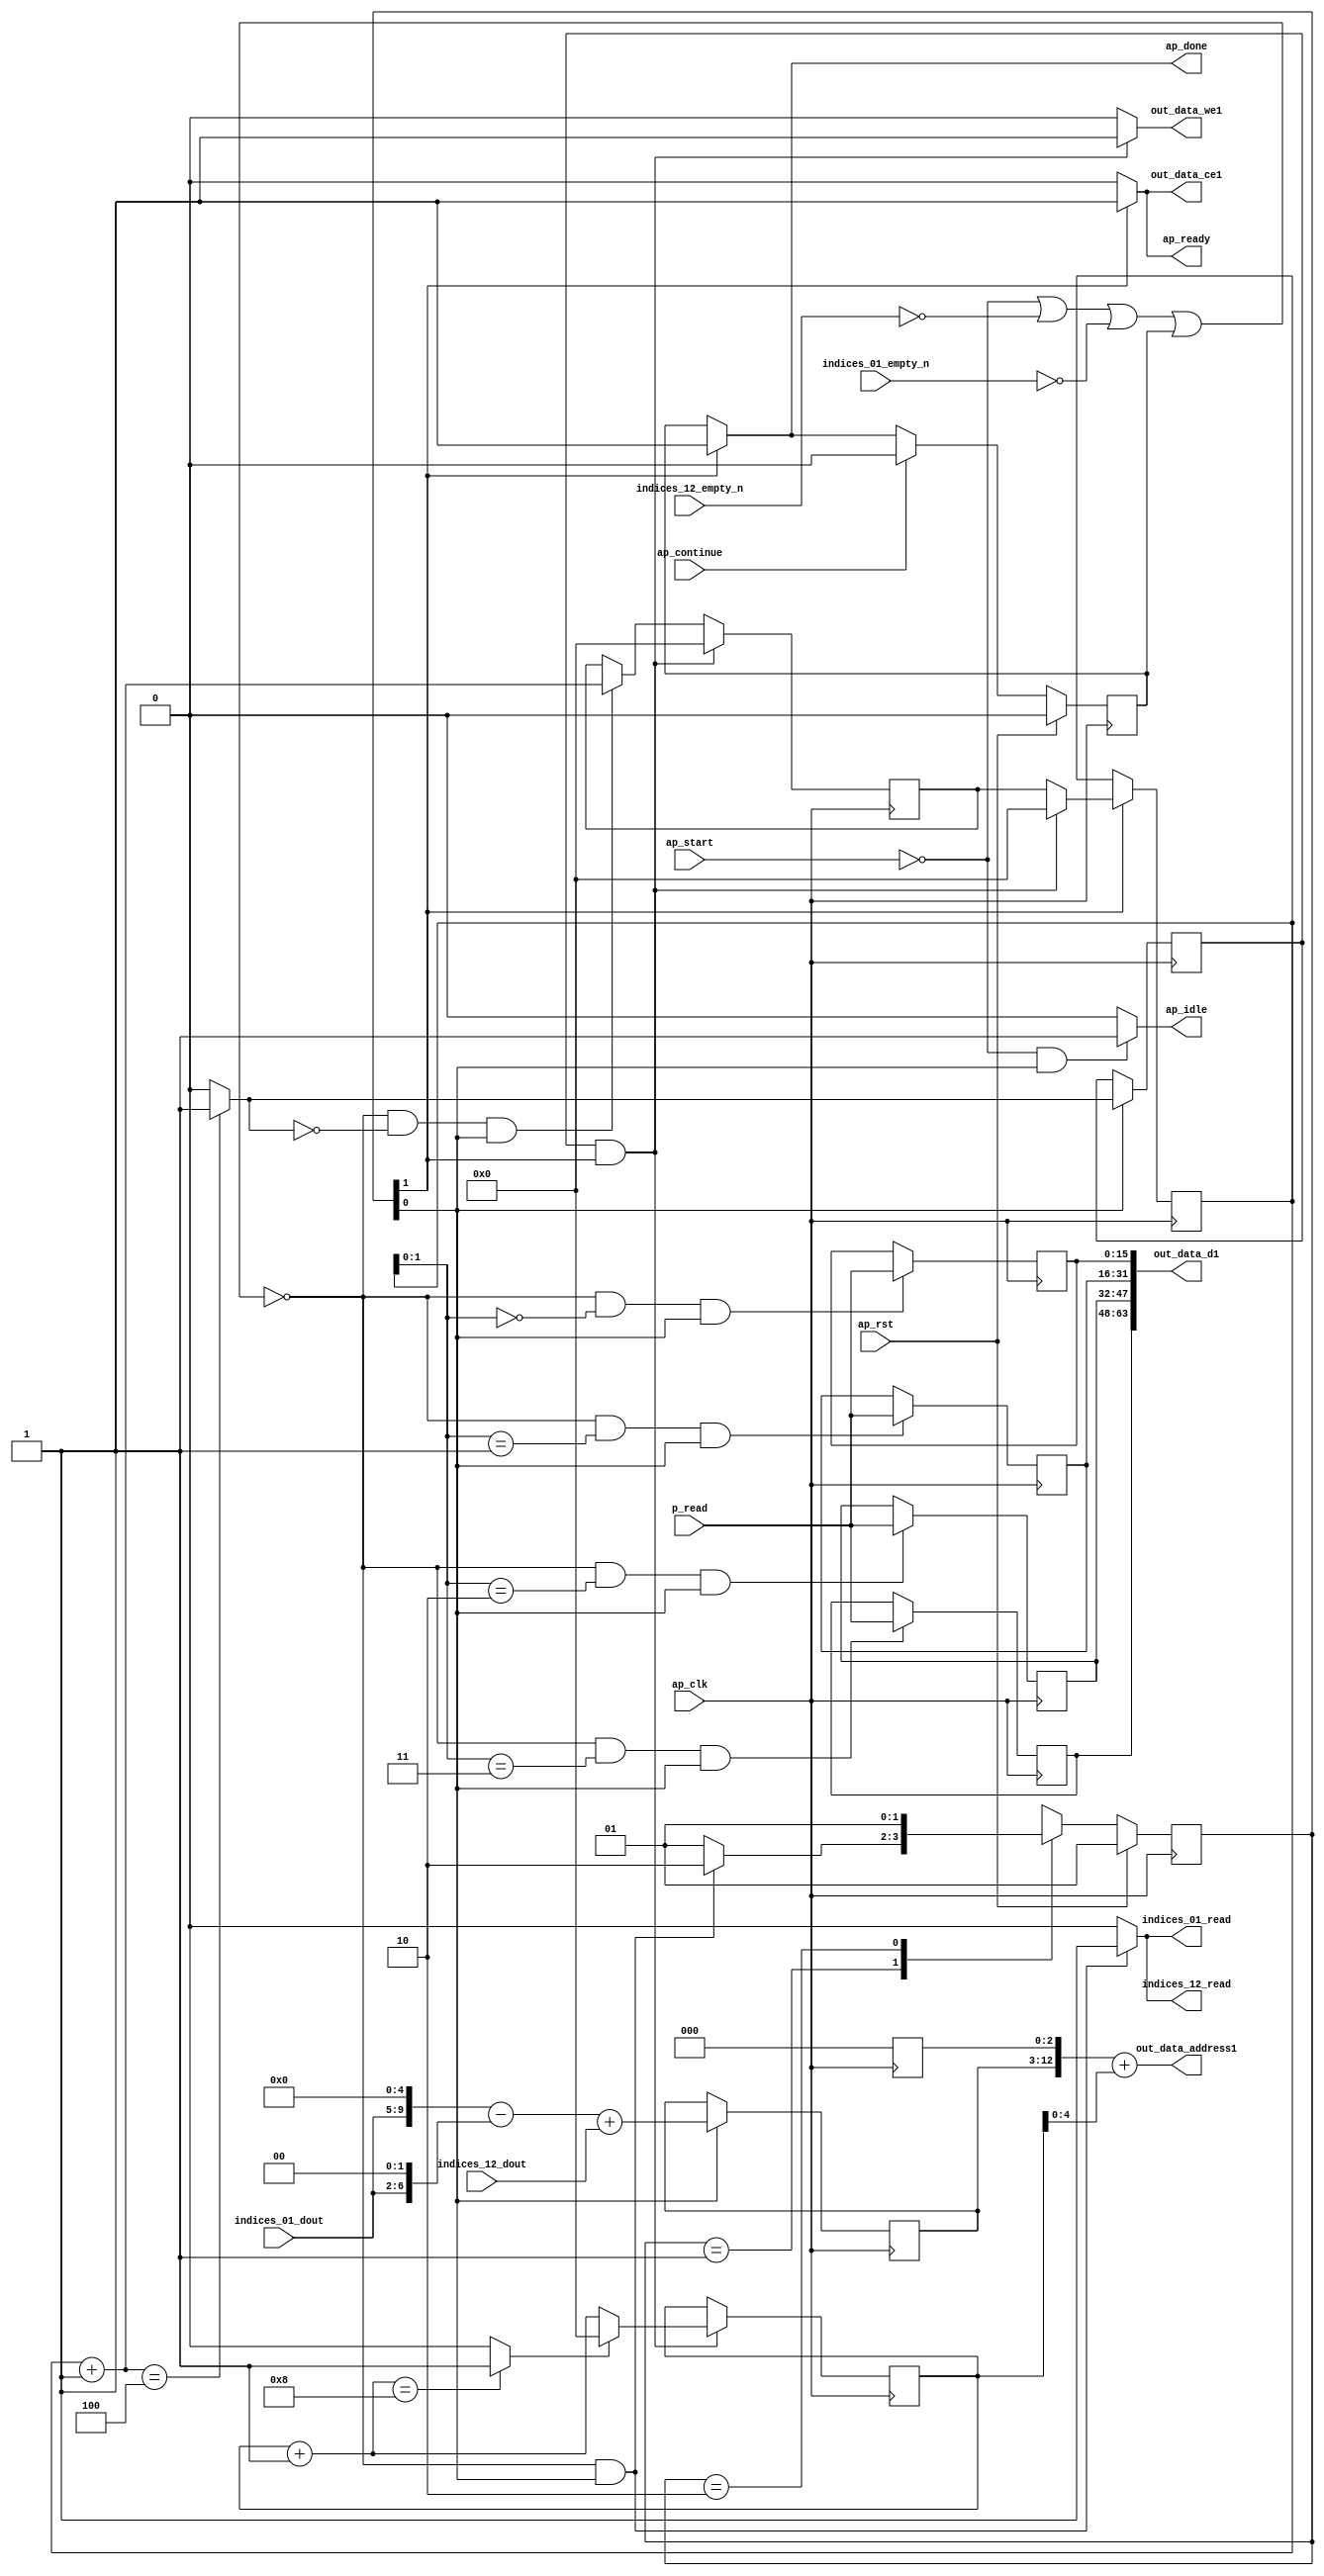
`define EXPONENT 5
`define MANTISSA 10
`define ACTUAL_MANTISSA 11
`define EXPONENT_LSB 10
`define EXPONENT_MSB 14
`define MANTISSA_LSB 0
`define MANTISSA_MSB 9
`define MANTISSA_MUL_SPLIT_LSB 3
`define MANTISSA_MUL_SPLIT_MSB 9
`define SIGN 1
`define SIGN_LOC 15
`define DWIDTH (`SIGN+`EXPONENT+`MANTISSA)
`define IEEE_COMPLIANCE 1

module td_fused_top_tdf6_writeOutputs_unaligned (
        ap_clk,
        ap_rst,
        ap_start,
        ap_done,
        ap_continue,
        ap_idle,
        ap_ready,
        indices_01_dout,
        indices_01_empty_n,
        indices_01_read,
        indices_12_dout,
        indices_12_empty_n,
        indices_12_read,
        p_read,
        out_data_address1,
        out_data_ce1,
        out_data_we1,
        out_data_d1
);

parameter    ap_ST_fsm_state1 = 2'd1;
parameter    ap_ST_fsm_state2 = 2'd2;

input   ap_clk;
input   ap_rst;
input   ap_start;
output   ap_done;
input   ap_continue;
output   ap_idle;
output   ap_ready;
input  [4:0] indices_01_dout;
input   indices_01_empty_n;
output   indices_01_read;
input  [9:0] indices_12_dout;
input   indices_12_empty_n;
output   indices_12_read;
input  [15:0] p_read;
output  [12:0] out_data_address1;
output   out_data_ce1;
output   out_data_we1;
output  [63:0] out_data_d1;

reg ap_done;
reg ap_idle;
reg ap_ready;
reg indices_01_read;
reg indices_12_read;
reg out_data_ce1;
reg out_data_we1;

reg    ap_done_reg;
  reg   [1:0] ap_CS_fsm;
wire    ap_CS_fsm_state1;
reg   [15:0] outputCount_1;
reg   [15:0] outputChanIdx_1;
reg   [15:0] outputRow_5_0;
reg   [15:0] outputRow_5_1;
reg   [15:0] outputRow_5_2;
reg   [15:0] outputRow_5_3;
reg    indices_01_blk_n;
reg    indices_12_blk_n;
wire   [12:0] tmp_62_cast_fu_153_p3;
reg   [12:0] tmp_62_cast_reg_304;
wire   [15:0] add_ln87_fu_193_p2;
wire   [0:0] icmp_ln88_fu_199_p2;
reg   [0:0] icmp_ln88_reg_317;
reg   [15:0] ap_phi_mux_empty_phi_fu_114_p4;
reg   [15:0] empty_reg_111;
reg    ap_block_state1;
wire    ap_CS_fsm_state2;
wire   [63:0] zext_ln94_4_fu_226_p1;
wire   [15:0] select_ln97_fu_284_p3;
wire   [1:0] trunc_ln86_fu_165_p1;
wire   [6:0] tmp_s_fu_129_p3;
wire   [9:0] tmp_fu_121_p3;
wire   [9:0] zext_ln94_fu_137_p1;
wire   [9:0] sub_ln94_fu_141_p2;
wire   [9:0] add_ln94_fu_147_p2;
wire   [4:0] trunc_ln94_fu_213_p1;
wire   [12:0] zext_ln94_3_fu_217_p1;
wire   [12:0] add_ln94_2_fu_221_p2;
wire   [15:0] bitcast_ln94_6_fu_255_p1;
wire   [15:0] bitcast_ln94_5_fu_247_p1;
wire   [15:0] bitcast_ln94_4_fu_239_p1;
wire   [15:0] bitcast_ln94_fu_231_p1;
wire   [15:0] add_ln96_fu_272_p2;
wire   [0:0] icmp_ln97_fu_278_p2;
reg   [1:0] ap_NS_fsm;
wire    ap_ce_reg;

// power-on initialization
initial begin
#0 ap_done_reg = 1'b0;
#0 ap_CS_fsm = 2'd1;
#0 outputCount_1 = 16'd0;
#0 outputChanIdx_1 = 16'd0;
#0 outputRow_5_0 = 16'd0;
#0 outputRow_5_1 = 16'd0;
#0 outputRow_5_2 = 16'd0;
#0 outputRow_5_3 = 16'd0;
end

always @ (posedge ap_clk) begin
    if (ap_rst == 1'b1) begin
        ap_CS_fsm <= ap_ST_fsm_state1;
    end else begin
        ap_CS_fsm <= ap_NS_fsm;
    end
end

always @ (posedge ap_clk) begin
    if (ap_rst == 1'b1) begin
        ap_done_reg <= 1'b0;
    end else begin
        if ((ap_continue == 1'b1)) begin
            ap_done_reg <= 1'b0;
        end else if ((1'b1 == ap_CS_fsm_state2)) begin
            ap_done_reg <= 1'b1;
        end
    end
end

always @ (posedge ap_clk) begin
    if (((icmp_ln88_reg_317 == 1'd1) & (1'b1 == ap_CS_fsm_state2))) begin
        empty_reg_111 <= 16'd0;
    end else if ((~((ap_start == 1'b0) | (indices_12_empty_n == 1'b0) | (indices_01_empty_n == 1'b0) | (ap_done_reg == 1'b1)) & (icmp_ln88_fu_199_p2 == 1'd0) & (1'b1 == ap_CS_fsm_state1))) begin
        empty_reg_111 <= add_ln87_fu_193_p2;
    end
end

always @ (posedge ap_clk) begin
    if ((1'b1 == ap_CS_fsm_state1)) begin
        icmp_ln88_reg_317 <= icmp_ln88_fu_199_p2;
        tmp_62_cast_reg_304[12 : 3] <= tmp_62_cast_fu_153_p3[12 : 3];
    end
end

always @ (posedge ap_clk) begin
    if (((icmp_ln88_reg_317 == 1'd1) & (1'b1 == ap_CS_fsm_state2))) begin
        outputChanIdx_1 <= select_ln97_fu_284_p3;
    end
end

always @ (posedge ap_clk) begin
    if ((1'b1 == ap_CS_fsm_state2)) begin
        outputCount_1 <= ap_phi_mux_empty_phi_fu_114_p4;
    end
end

always @ (posedge ap_clk) begin
    if ((~((ap_start == 1'b0) | (indices_12_empty_n == 1'b0) | (indices_01_empty_n == 1'b0) | (ap_done_reg == 1'b1)) & (trunc_ln86_fu_165_p1 == 2'd0) & (1'b1 == ap_CS_fsm_state1))) begin
        outputRow_5_0 <= p_read;
    end
end

always @ (posedge ap_clk) begin
    if ((~((ap_start == 1'b0) | (indices_12_empty_n == 1'b0) | (indices_01_empty_n == 1'b0) | (ap_done_reg == 1'b1)) & (trunc_ln86_fu_165_p1 == 2'd1) & (1'b1 == ap_CS_fsm_state1))) begin
        outputRow_5_1 <= p_read;
    end
end

always @ (posedge ap_clk) begin
    if ((~((ap_start == 1'b0) | (indices_12_empty_n == 1'b0) | (indices_01_empty_n == 1'b0) | (ap_done_reg == 1'b1)) & (trunc_ln86_fu_165_p1 == 2'd2) & (1'b1 == ap_CS_fsm_state1))) begin
        outputRow_5_2 <= p_read;
    end
end

always @ (posedge ap_clk) begin
    if ((~((ap_start == 1'b0) | (indices_12_empty_n == 1'b0) | (indices_01_empty_n == 1'b0) | (ap_done_reg == 1'b1)) & (trunc_ln86_fu_165_p1 == 2'd3) & (1'b1 == ap_CS_fsm_state1))) begin
        outputRow_5_3 <= p_read;
    end
end

always @ (*) begin
    if ((1'b1 == ap_CS_fsm_state2)) begin
        ap_done = 1'b1;
    end else begin
        ap_done = ap_done_reg;
    end
end

always @ (*) begin
    if (((ap_start == 1'b0) & (1'b1 == ap_CS_fsm_state1))) begin
        ap_idle = 1'b1;
    end else begin
        ap_idle = 1'b0;
    end
end

always @ (*) begin
    if (((icmp_ln88_reg_317 == 1'd1) & (1'b1 == ap_CS_fsm_state2))) begin
        ap_phi_mux_empty_phi_fu_114_p4 = 16'd0;
    end else begin
        ap_phi_mux_empty_phi_fu_114_p4 = empty_reg_111;
    end
end

always @ (*) begin
    if ((1'b1 == ap_CS_fsm_state2)) begin
        ap_ready = 1'b1;
    end else begin
        ap_ready = 1'b0;
    end
end

always @ (*) begin
    if ((~((ap_start == 1'b0) | (ap_done_reg == 1'b1)) & (1'b1 == ap_CS_fsm_state1))) begin
        indices_01_blk_n = indices_01_empty_n;
    end else begin
        indices_01_blk_n = 1'b1;
    end
end

always @ (*) begin
    if ((~((ap_start == 1'b0) | (indices_12_empty_n == 1'b0) | (indices_01_empty_n == 1'b0) | (ap_done_reg == 1'b1)) & (1'b1 == ap_CS_fsm_state1))) begin
        indices_01_read = 1'b1;
    end else begin
        indices_01_read = 1'b0;
    end
end

always @ (*) begin
    if ((~((ap_start == 1'b0) | (ap_done_reg == 1'b1)) & (1'b1 == ap_CS_fsm_state1))) begin
        indices_12_blk_n = indices_12_empty_n;
    end else begin
        indices_12_blk_n = 1'b1;
    end
end

always @ (*) begin
    if ((~((ap_start == 1'b0) | (indices_12_empty_n == 1'b0) | (indices_01_empty_n == 1'b0) | (ap_done_reg == 1'b1)) & (1'b1 == ap_CS_fsm_state1))) begin
        indices_12_read = 1'b1;
    end else begin
        indices_12_read = 1'b0;
    end
end

always @ (*) begin
    if ((1'b1 == ap_CS_fsm_state2)) begin
        out_data_ce1 = 1'b1;
    end else begin
        out_data_ce1 = 1'b0;
    end
end

always @ (*) begin
    if (((icmp_ln88_reg_317 == 1'd1) & (1'b1 == ap_CS_fsm_state2))) begin
        out_data_we1 = 1'b1;
    end else begin
        out_data_we1 = 1'b0;
    end
end

always @ (*) begin
    case (ap_CS_fsm)
        ap_ST_fsm_state1 : begin
            if ((~((ap_start == 1'b0) | (indices_12_empty_n == 1'b0) | (indices_01_empty_n == 1'b0) | (ap_done_reg == 1'b1)) & (1'b1 == ap_CS_fsm_state1))) begin
                ap_NS_fsm = ap_ST_fsm_state2;
            end else begin
                ap_NS_fsm = ap_ST_fsm_state1;
            end
        end
        ap_ST_fsm_state2 : begin
            ap_NS_fsm = ap_ST_fsm_state1;
        end
        default : begin
            ap_NS_fsm = 'bx;
        end
    endcase
end

assign add_ln87_fu_193_p2 = (outputCount_1 + 16'd1);

assign add_ln94_2_fu_221_p2 = (tmp_62_cast_reg_304 + zext_ln94_3_fu_217_p1);

assign add_ln94_fu_147_p2 = (sub_ln94_fu_141_p2 + indices_12_dout);

assign add_ln96_fu_272_p2 = (outputChanIdx_1 + 16'd1);

assign ap_CS_fsm_state1 = ap_CS_fsm[32'd0];

assign ap_CS_fsm_state2 = ap_CS_fsm[32'd1];

always @ (*) begin
    ap_block_state1 = ((ap_start == 1'b0) | (indices_12_empty_n == 1'b0) | (indices_01_empty_n == 1'b0) | (ap_done_reg == 1'b1));
end

assign bitcast_ln94_4_fu_239_p1 = outputRow_5_1;

assign bitcast_ln94_5_fu_247_p1 = outputRow_5_2;

assign bitcast_ln94_6_fu_255_p1 = outputRow_5_3;

assign bitcast_ln94_fu_231_p1 = outputRow_5_0;

assign icmp_ln88_fu_199_p2 = ((add_ln87_fu_193_p2 == 16'd4) ? 1'b1 : 1'b0);

assign icmp_ln97_fu_278_p2 = ((add_ln96_fu_272_p2 == 16'd8) ? 1'b1 : 1'b0);

assign out_data_address1 = zext_ln94_4_fu_226_p1;

assign out_data_d1 = {{{{bitcast_ln94_6_fu_255_p1}, {bitcast_ln94_5_fu_247_p1}}, {bitcast_ln94_4_fu_239_p1}}, {bitcast_ln94_fu_231_p1}};

assign select_ln97_fu_284_p3 = ((icmp_ln97_fu_278_p2[0:0] == 1'b1) ? 16'd0 : add_ln96_fu_272_p2);

assign sub_ln94_fu_141_p2 = (tmp_fu_121_p3 - zext_ln94_fu_137_p1);

assign tmp_62_cast_fu_153_p3 = {{add_ln94_fu_147_p2}, {3'd0}};

assign tmp_fu_121_p3 = {{indices_01_dout}, {5'd0}};

assign tmp_s_fu_129_p3 = {{indices_01_dout}, {2'd0}};

assign trunc_ln86_fu_165_p1 = outputCount_1[1:0];

assign trunc_ln94_fu_213_p1 = outputChanIdx_1[4:0];

assign zext_ln94_3_fu_217_p1 = trunc_ln94_fu_213_p1;

assign zext_ln94_4_fu_226_p1 = add_ln94_2_fu_221_p2;

assign zext_ln94_fu_137_p1 = tmp_s_fu_129_p3;

always @ (posedge ap_clk) begin
    tmp_62_cast_reg_304[2:0] <= 3'b000;
end

endmodule //td_fused_top_tdf6_writeOutputs_unaligned